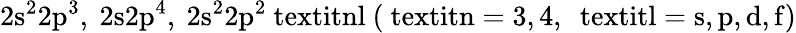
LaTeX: \mathrm{2s^{2}2p^{3},~2s2p^{4},~2s^{2}2p^{2}{\ textit{nl}}~(\ textit{n}=3,4,~\ textit{l}=s,p,d,f)}